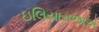
ઇલિયારાજાએ